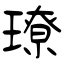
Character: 璙